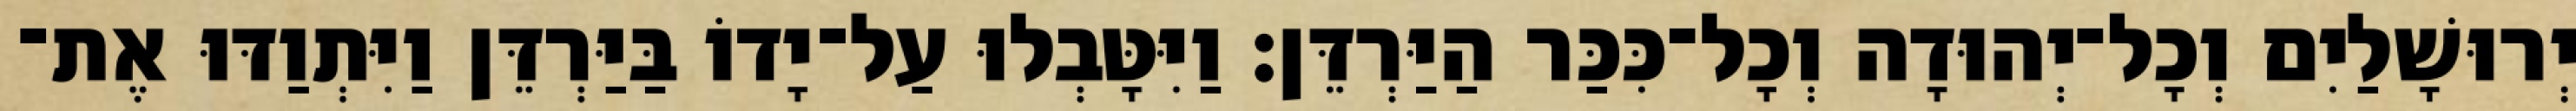
יְרוּשָׁלַיִם וְכָל־יְהוּדָה וְכָל־כִּכַּר הַיַּרְדֵּן׃ וַיִּטָּבְלוּ עַל־יָדוֹ בַּיַּרְדֵּן וַיִּתְוַדּוּ אֶת־